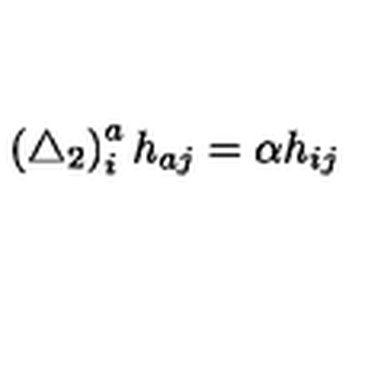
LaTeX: \left( \triangle _ { 2 } \right) _ { i } ^ { a } h _ { a j } = \alpha h _ { i j }